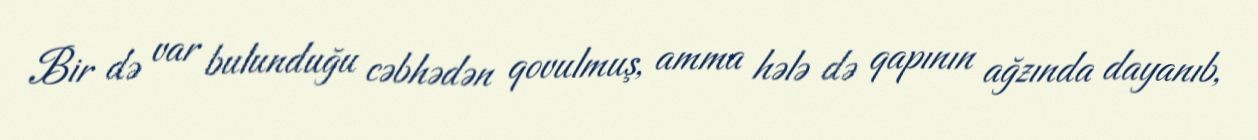
Bir də var bulunduğu cəbhədən qovulmuş, amma hələ də qapının ağzında dayanıb,